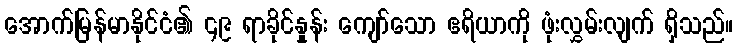
အောက်မြန်မာနိုင်ငံ၏ ၄၉ ရာခိုင်နှုန်း ကျော်သော ဧရိယာကို ဖုံးလွှမ်းလျက် ရှိသည်။